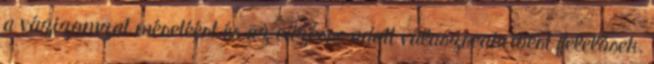
a vázizomzat méretéért és az edzésre adott válaszreakcióért felelősek.